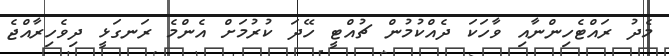
މެދު ރައްޓެހިންނާއި ވާހަކަ ދެއްކުމުން ޗުއްޓީ ހޭދަ ކުރުމަށް އެންމެ ރަނގަޅީ ދިވެހިރާއްޖެ